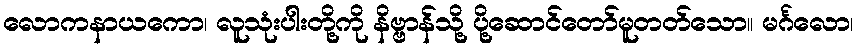
လောကနာယကော၊ လူသုံးပါးတို့ကို နိဗ္ဗာန်သို့ ပို့ဆောင်တော်မူတတ်သော။ မင်္ဂလော၊